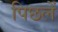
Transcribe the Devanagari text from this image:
पिछलें